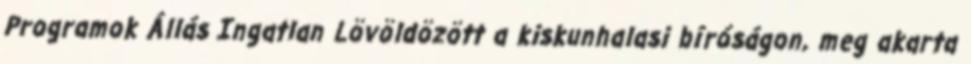
Programok Állás Ingatlan Lövöldözött a kiskunhalasi bíróságon, meg akarta